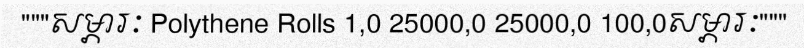
"""សម្ភារៈ Polythene Rolls 1,0 25000,0 25000,0 100,0សម្ភារៈ"""